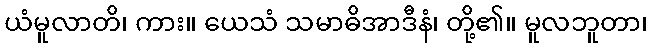
ယံမူလာတိ၊ ကား။ ယေသံ သမာဓိအာဒီနံ၊ တို့၏။ မူလဘူတာ၊